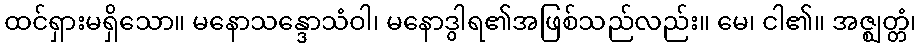
ထင်ရှားမရှိသော။ မနောသန္ဒောသံဝါ၊ မနောဒွါရ၏အဖြစ်သည်လည်း။ မေ၊ ငါ၏။ အဇ္ဈတ္တံ၊